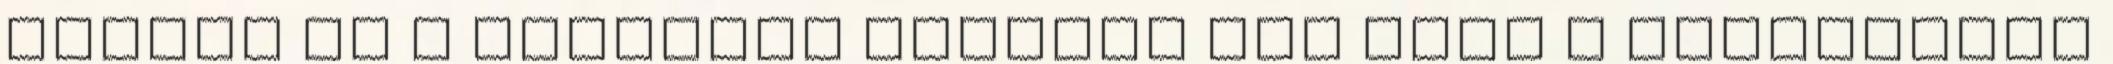
épület és a könyvtár azonban nem csak a különleges